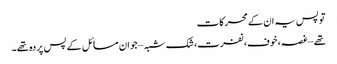
تو پس یہ ان کے محرکات
تھے – غصہ، خوف، نفرت، شک شبہ – جو ان مسائل کے پس پردہ تھے۔